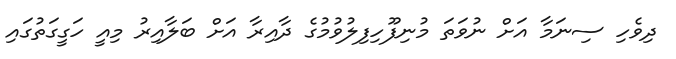
ދިވެހި ސިނަމާ އަށް ނުވަތަ މުނިފޫހިފިލުވުމުގެ ދާއިރާ އަށް ބަލާއިރު މިއީ ހަގީގަތުގައި